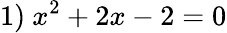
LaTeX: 1)\ x^{2}+2x-2=0